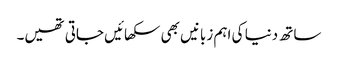
ساتھ دنیا کی اہم زبانیں بھی سکھائیں جاتی تھیں۔